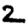
Digit: 2